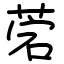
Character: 菪